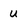
Character: u